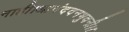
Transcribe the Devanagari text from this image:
नाही।आनंदवनभुवनी।।